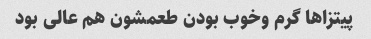
پیتزا‌ها گرم وخوب بودن طعمشون هم عالی بود